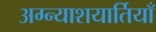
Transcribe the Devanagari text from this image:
अग्न्याशयार्तियाँ